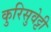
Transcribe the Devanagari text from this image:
कुरिसुवेट्टी